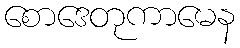
စောဒေတုကာမေန